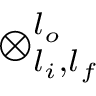
\otimes _ { l _ { i } , l _ { f } } ^ { l _ { o } }